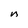
Character: n